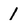
Character: 1